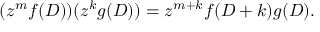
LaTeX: ( z ^ { m } f ( D ) ) ( z ^ { k } g ( D ) ) = z ^ { m + k } f ( D + k ) g ( D ) .